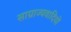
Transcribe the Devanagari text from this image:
साग्राज्यवादियों